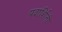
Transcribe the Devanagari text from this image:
पदार्शितो